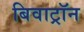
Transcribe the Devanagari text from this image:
बिवाट्रॉन